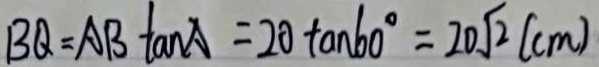
B Q = A B \tan A = 2 0 \tan 6 0 ^ { \circ } = 2 0 \sqrt { 2 } ( c m )